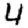
Digit: 4